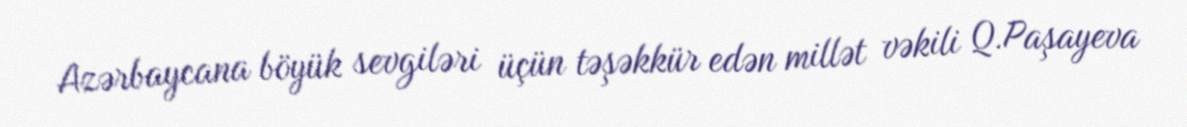
Azərbaycana böyük sevgiləri üçün təşəkkür edən millət vəkili Q.Paşayeva